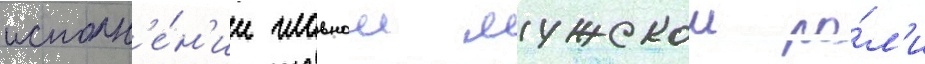
исполн'е́н'ии главнои мужскои ро́л'и